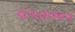
વપરાઅય